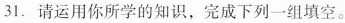
31. 请运用你所学的知识，完成下列一组填空。